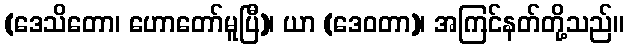
(ဒေသိတော၊ ဟောတော်မူပြီ)၊ ယာ (ဒေဝတာ)၊ အကြင်နတ်တို့သည်။